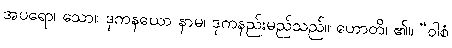
အပရော၊ သော။ ဒုကနယော နာမ၊ ဒုကနည်းမည်သည်။ ဟောတိ၊ ၏။ “ဝါစံ